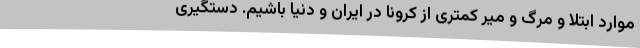
موارد ابتلا و مرگ و میر کمتری از کرونا در ایران و دنیا باشیم. دستگیری